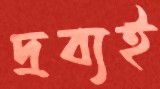
দ্রব্যই